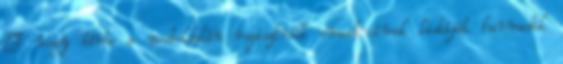
– vagy bérbe a weboldalán regisztrált email-címek listáját harmadik